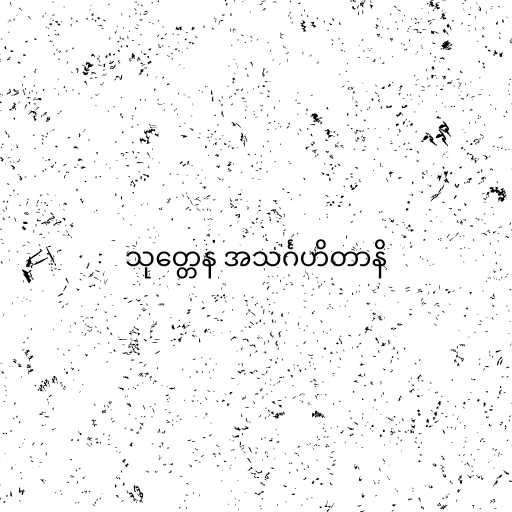
သုတ္တေန အသင်္ဂဟိတာနိ